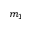
m _ { 1 }